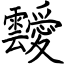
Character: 靉